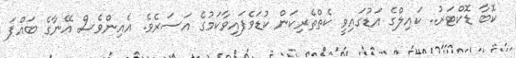
ކޮބާ ޑޮކްޓަރު.. ކައިލްގެ އަޑުގައިވީ ކެތްތެރިކަން ކުޑަވެފައިވާކަމުގެ އަސަރެވެ. އެއިންވެސް އޭނާގެ ބައްޕަ